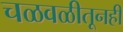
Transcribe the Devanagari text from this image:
चळवळीतूनही